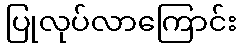
ပြုလုပ်လာကြောင်း